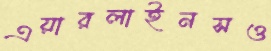
এয়ারলাইনসও